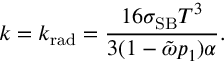
k = k _ { \mathrm { r a d } } = \frac { 1 6 \sigma _ { \mathrm { S B } } T ^ { 3 } } { 3 ( 1 - \tilde { \omega } p _ { 1 } ) \alpha } .